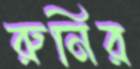
রুনির